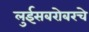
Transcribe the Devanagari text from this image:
लुईसबरोबरचे